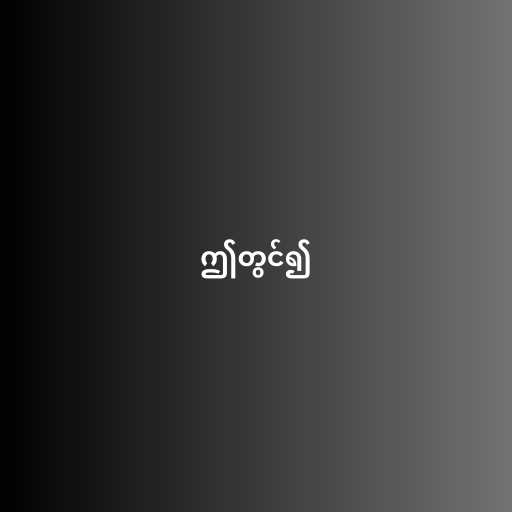
ဤတွင်၍